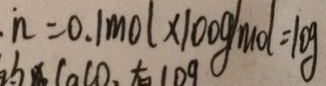
n = 0 . 1 m o l \times 1 0 0 g / m o l = 1 0 g